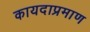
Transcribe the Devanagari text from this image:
कायदाप्रमाण